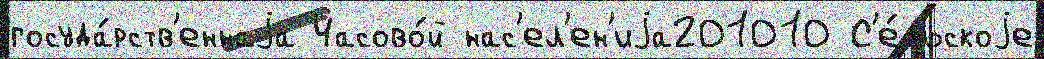
госуда́рств'еннаjа Часово́й нас'ел'ен'иjа201010 С'е́льскоjе